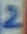
Text: 2